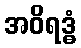
အဝိရဒ္ဓံ